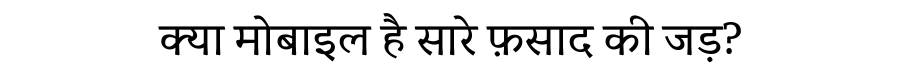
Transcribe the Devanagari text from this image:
क्या मोबाइल है सारे फ़साद की जड़?